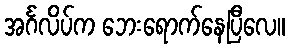
အင်္ဂလိပ်က ဘေးရောက်နေပြီလေ။